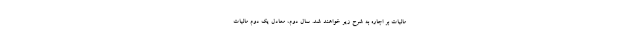
مالیات بر اجاره به شرح زیر خواهند شد. سال دوم، معادل یک دوم مالیات